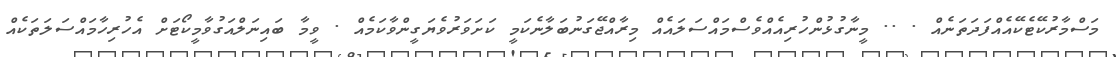
މަސްމާރުކޭޓެކޭއެއްފަދަތަނެއް . .. މީނާގުޅުންހުރިއެއްވެސްމައްސަލައެއް މިރާއްޖޭގަނުބަލާނެކަމީ ކަށަވަރުވެޔަގީންވާކަމެއް . ވީމާ ބައިނަލްއަގުވާމީކޯޓަށް އެހުރިހާމައްސަލަތަކެއް